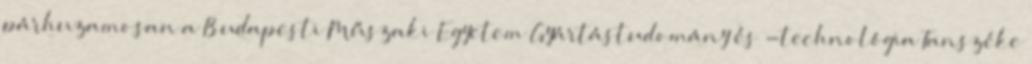
párhuzamosan a Budapesti Műszaki Egyetem Gyártástudomány és -technológia Tanszéke